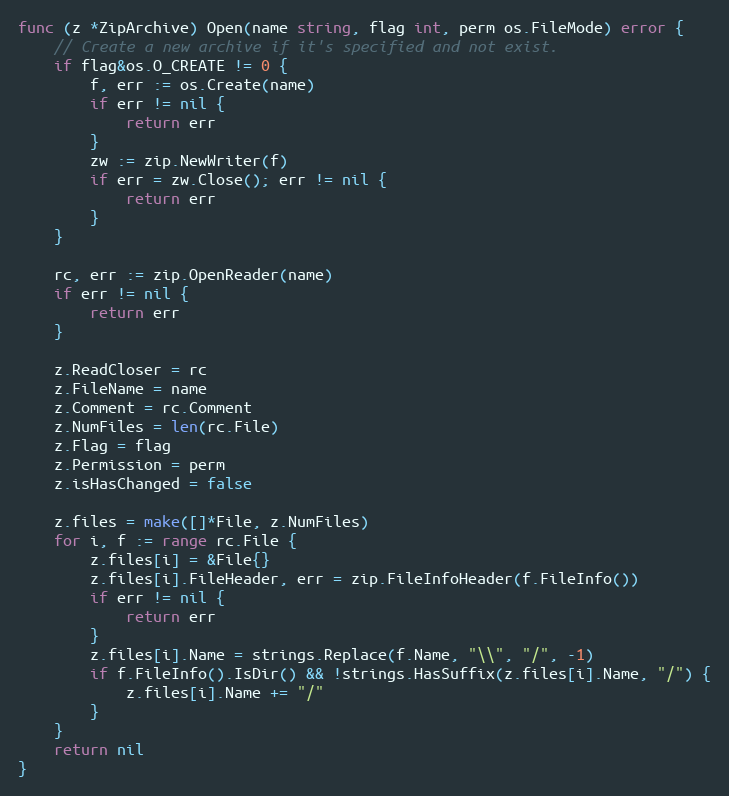
Language: Go
func (z *ZipArchive) Open(name string, flag int, perm os.FileMode) error {
	// Create a new archive if it's specified and not exist.
	if flag&os.O_CREATE != 0 {
		f, err := os.Create(name)
		if err != nil {
			return err
		}
		zw := zip.NewWriter(f)
		if err = zw.Close(); err != nil {
			return err
		}
	}

	rc, err := zip.OpenReader(name)
	if err != nil {
		return err
	}

	z.ReadCloser = rc
	z.FileName = name
	z.Comment = rc.Comment
	z.NumFiles = len(rc.File)
	z.Flag = flag
	z.Permission = perm
	z.isHasChanged = false

	z.files = make([]*File, z.NumFiles)
	for i, f := range rc.File {
		z.files[i] = &File{}
		z.files[i].FileHeader, err = zip.FileInfoHeader(f.FileInfo())
		if err != nil {
			return err
		}
		z.files[i].Name = strings.Replace(f.Name, "\\", "/", -1)
		if f.FileInfo().IsDir() && !strings.HasSuffix(z.files[i].Name, "/") {
			z.files[i].Name += "/"
		}
	}
	return nil
}